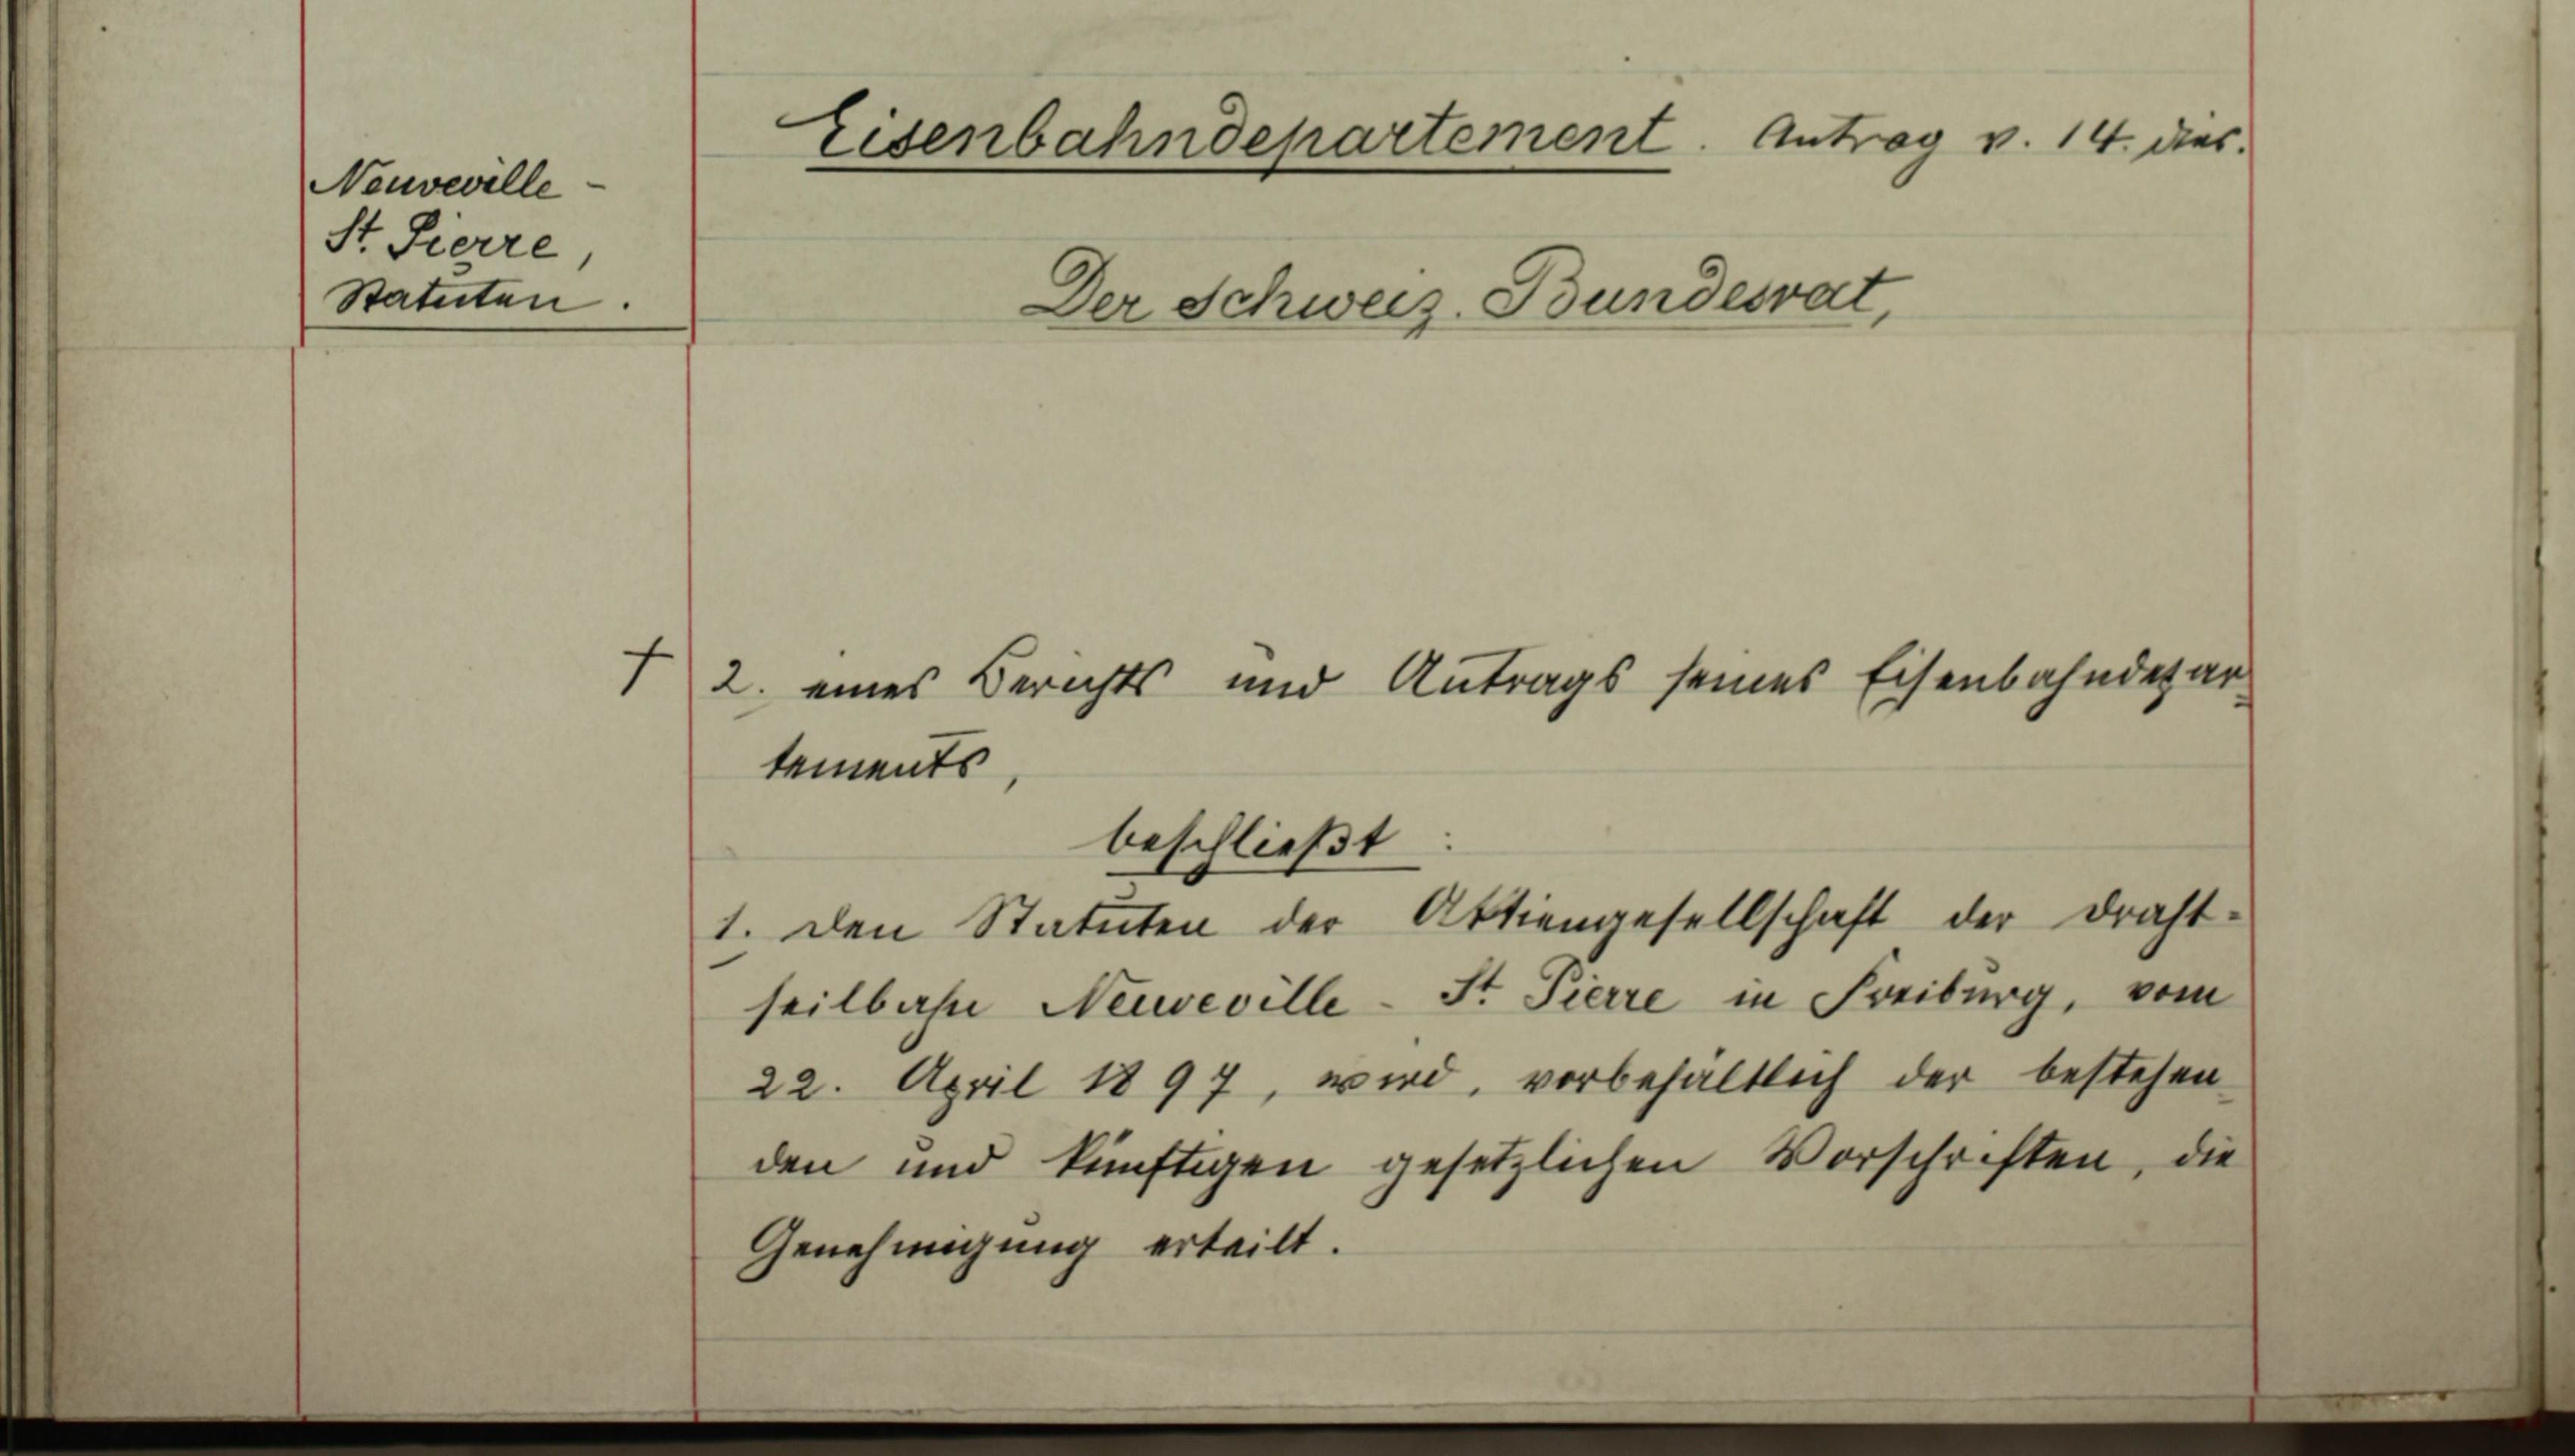
Neuveville
St. Pierre,
Statuten.

Eisenbahndepartement. Antrag v. 14. dies
f
2. eines Berichts und Antrags seines Eisenbahndepar¬

Der Schweiz. Bundesrat,

tements
beschließt

seilbahn Neuveville - St. Pierre in Freiburg, vom
22. April 1897, wird, vorbehältlich der bestehen
den und künftigen gesetzlichen Vorschriften, die
Genehmigung erteilt.

1. Den Statuten der Aktiengesellschaft der Draht-